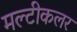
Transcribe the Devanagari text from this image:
मल्टीकलर